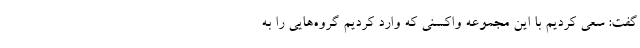
گفت: سعی کردیم با این مجموعه واکسنی که وارد کردیم گروه‌هایی را به